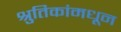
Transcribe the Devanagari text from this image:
श्रुतिकांमधून